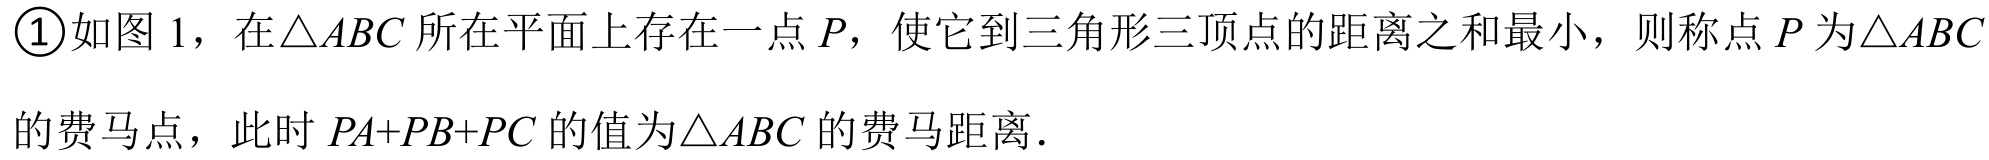
\textcircled{1}如图1，在\(\triangle ABC\)所在平面上存在一点\(P\)，使它到三角形三顶点的距离之和最小，则称点\(P\)为\(\triangle ABC\)
的费马点，此时\(PA + PB + PC\)的值为\(\triangle ABC\)的费马距离．